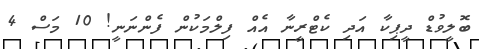
ބޮލީވުޑް ދީޕިކާ އަދި ކެޓްރީނާ އެއް ފިލްމަކުން ފެންނަނީ! 10 މަސް 4